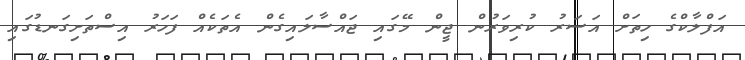
އަފްލާކްގެ ހިތަށް އަސަރު ކުރިވަރުން ޖީން މޭގައި ޖައްސާލައިގެން އެތަކެއް ފަހަރު އިސްތަށިގަނޑުގައި